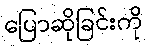
ပြောဆိုခြင်းကို